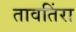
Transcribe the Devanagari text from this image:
तावतिंरा